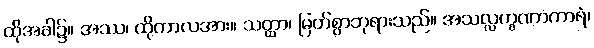
ထိုအခါ၌။ အဿ၊ ထိုကာလအား။ သတ္ထာ၊ မြတ်စွာဘုရားသည်။ အသလ္လက္ခဏာကာရံ၊